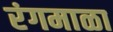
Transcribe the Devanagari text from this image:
रंगमाळा